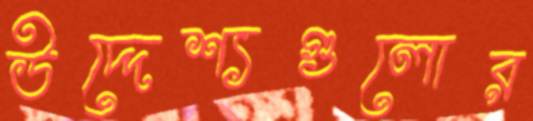
উদ্দেশ্যগুলোর